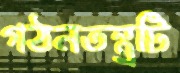
গঠনতন্ত্রটি